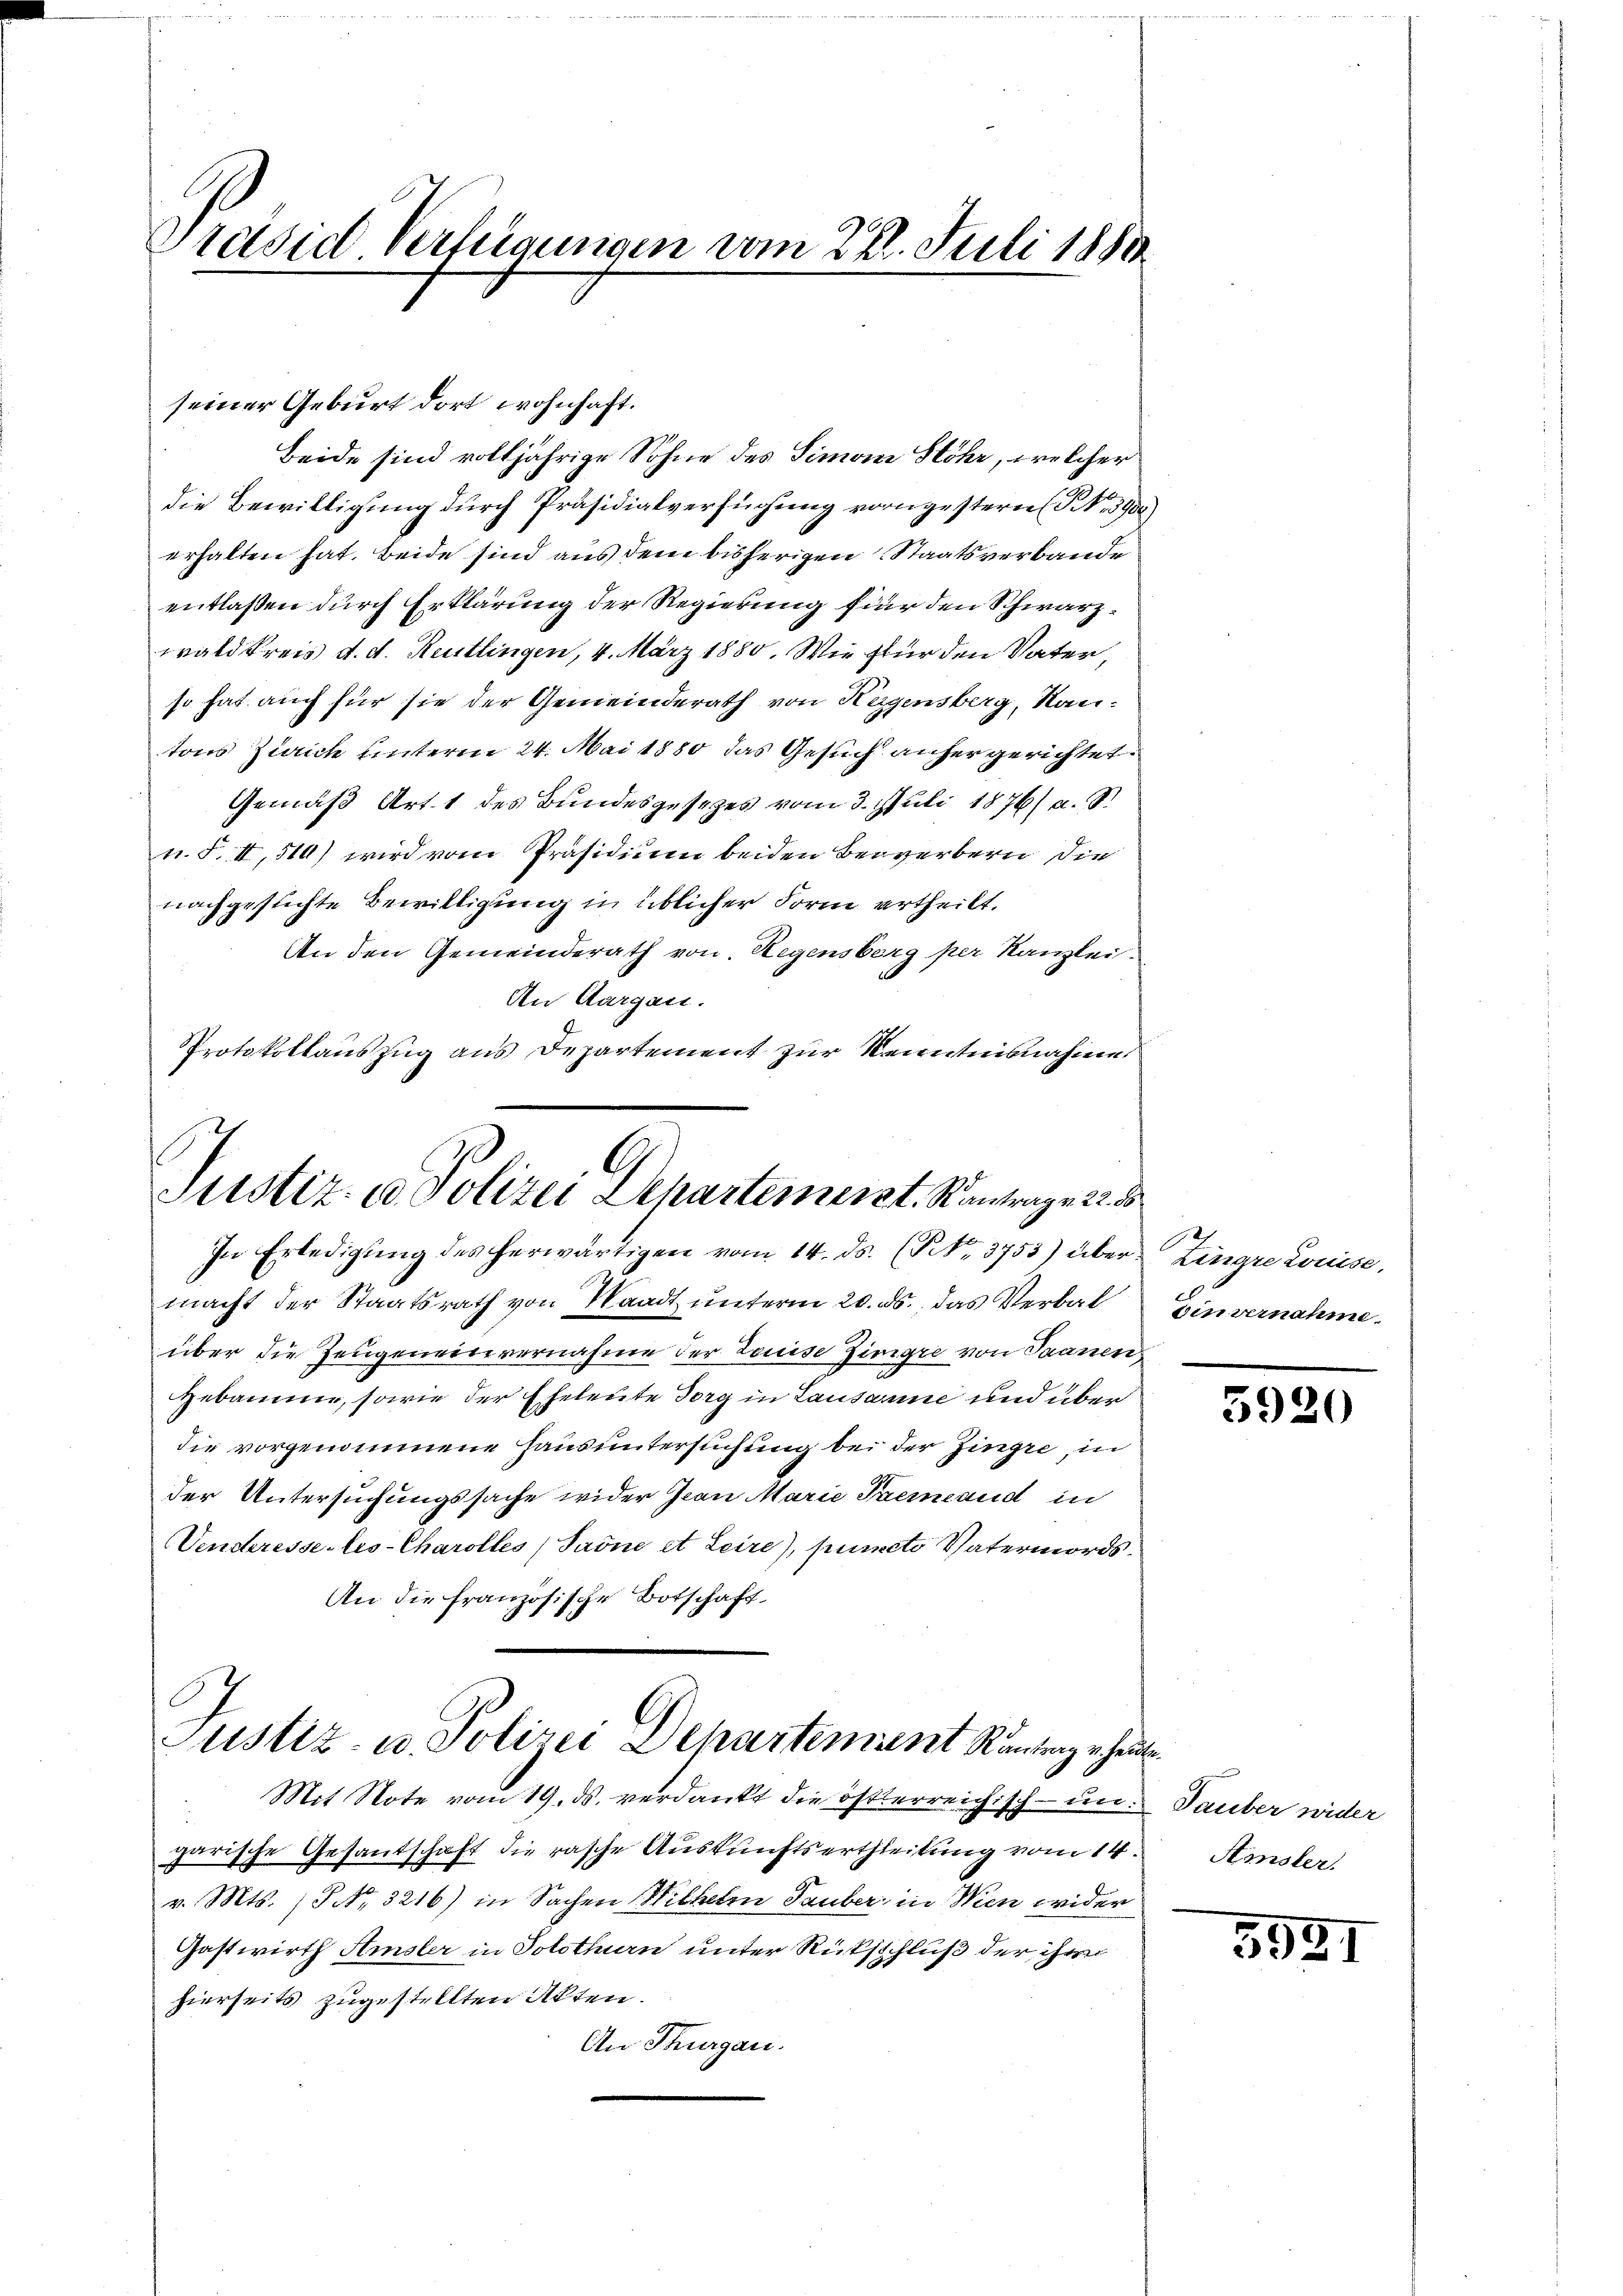
Preise Verfügungen vom 27. Juli 1881

seiner Geburt dort wohnhaft.
Beide sind volljährige Sohne des Simoni Stöhr, welcher
die Bewilligung durch Präsidialverfügung vorgestern (S. 3900.
erhalten hat. Beide sind aus dem bisherigen Staatsverbande
entlaßen durch Erklärung der Regierung für den Schwarzwald kreis d. d. Reutlingen, 4. März 1880. Wie für den Vater
so hat auch für sie der Gemeinderath von Hagensberg, Nautons Zürich unterm 24. Mai 1880 das Gesuch anhergerichtet.
Gemäß Art. 1 des Bundesgesetzes vom 3. Juli 1876/ a. S.
n. F. II, 510) wird vom Präsidium beiden Beiverbern die
nachgeslichte Bewilligung in üblicher Form ertheilt.
An den Gemeinderath von Regensberg per Kanzlei-
An Aargau.
Protokollauszug aus Departement zur Kenntnisnahme

G
Justiz- u. Polizei Departement. Kantrag 22. 8
In Erledigung des herwärtigen vom 14. ds. (Tit. 3753) über¬

macht der Staatsrath von Waadt unterm 20. ds. das Verbal
über die Zeugeneinvernahme der Louise Zingre von Saanen
Hebammen, sowie der Eheleute Torg in Lausanne und über
die vorgenommene Hausuntersuchung bei der Zingre, in
der Untersuchungssache wider Jean Marie Paermand in
Venderesse les-Charolles Sarne et Leire), puncto Vatermords¬
An die französische Botschaft
1

Justiz- u. Polizei Departement Rauten heute
Mit Note vom 19. ds. verdankt die österreichisch- un

garische Gesantschaft die rasche Auskunftsertheilung vom 14.
v. Mts. (NNo. 3216) in Sachen Wilhelm Tauber in Wien wider
Gastwirth Amsler in Solothurn unter Rückschluß der ihren
hierseits zugestellten Akten.
An Thurgau.

Lingre Louise,
Einvernahme.

5920

Tauber wider
Ainsler.

5951